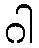
ဂါ